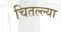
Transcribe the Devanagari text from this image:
चितल्ल्या